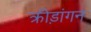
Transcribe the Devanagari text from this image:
क्रीड़ांगन